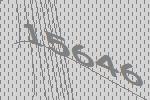
15646